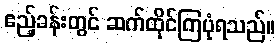
ဧည့်ခန်းတွင် ဆက်ထိုင်ကြပုံရသည်။